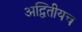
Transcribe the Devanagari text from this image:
अद्वितीयच